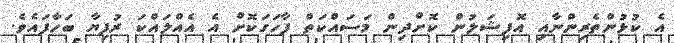
އެ ކުޅުންތެރިންނާއި އޮފިޝަލުން ކޮށްދިން މަސައްކަތް ފާހަގަކޮށް އެ އެއްލައްކަ ރުފިޔާ ބަހާފައެވެ.